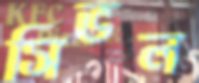
সিভল